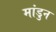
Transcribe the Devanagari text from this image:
मांडुन